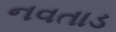
નવતાડ